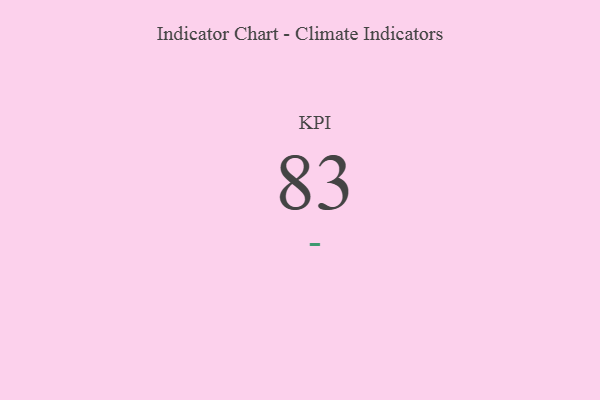
{"axis": {"x": "KPI", "y": "Value"}, "legend": [""], "data": [{"x": "KPI", "y": 83, "type": ""}]}